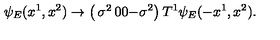
\psi _ { E } ( x ^ { 1 } , x ^ { 2 } ) \rightarrow \left( \begin{matrix} { \sigma ^ { 2 } } & { 0 } \\ { 0 } & { - \sigma ^ { 2 } } \\ \end{matrix} \right) T ^ { 1 } \psi _ { E } ( - x ^ { 1 } , x ^ { 2 } ) .